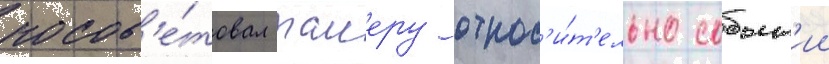
посов'е́товал таиеру относ'и́т'ельно событ'ии